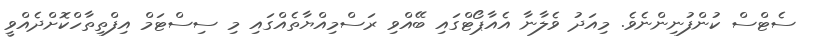
ސެޓްސް ކުންފުނިންނެވެ. މިއަދު ވެލާނާ އެއާޕޯޓްގައި ބޭއްވި ރަސްމިއްޔާތެއްގައި މި ސިސްޓަމް އިފްތިތާހްކޮށްދެއްވީ